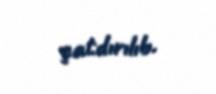
çatdırılıb.